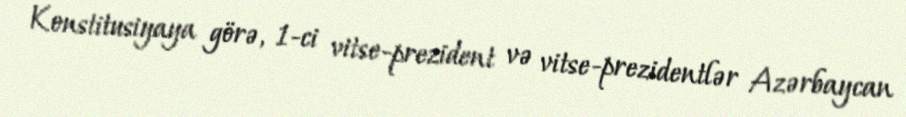
Konstitusiyaya görə, 1-ci vitse-prezident və vitse-prezidentlər Azərbaycan